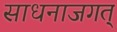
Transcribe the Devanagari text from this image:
साधनाजगत्